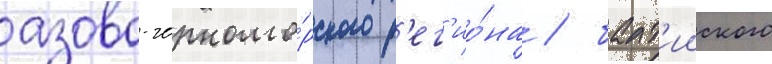
азово-черномо́рского р'ег'ио́на / балт'ииского